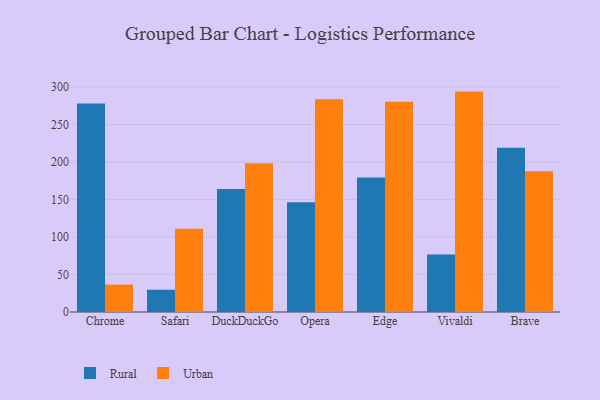
{"axis": {"x": "Browser", "y": "Market Share (%)"}, "legend": ["Rural", "Urban"], "data": [{"x": "Chrome", "y": 277.9, "type": "Rural"}, {"x": "Chrome", "y": 36.5, "type": "Urban"}, {"x": "Safari", "y": 29.7, "type": "Rural"}, {"x": "Safari", "y": 111.0, "type": "Urban"}, {"x": "DuckDuckGo", "y": 163.9, "type": "Rural"}, {"x": "DuckDuckGo", "y": 198.4, "type": "Urban"}, {"x": "Opera", "y": 146.4, "type": "Rural"}, {"x": "Opera", "y": 283.7, "type": "Urban"}, {"x": "Edge", "y": 179.3, "type": "Rural"}, {"x": "Edge", "y": 280.5, "type": "Urban"}, {"x": "Vivaldi", "y": 76.7, "type": "Rural"}, {"x": "Vivaldi", "y": 293.9, "type": "Urban"}, {"x": "Brave", "y": 219.1, "type": "Rural"}, {"x": "Brave", "y": 187.6, "type": "Urban"}]}